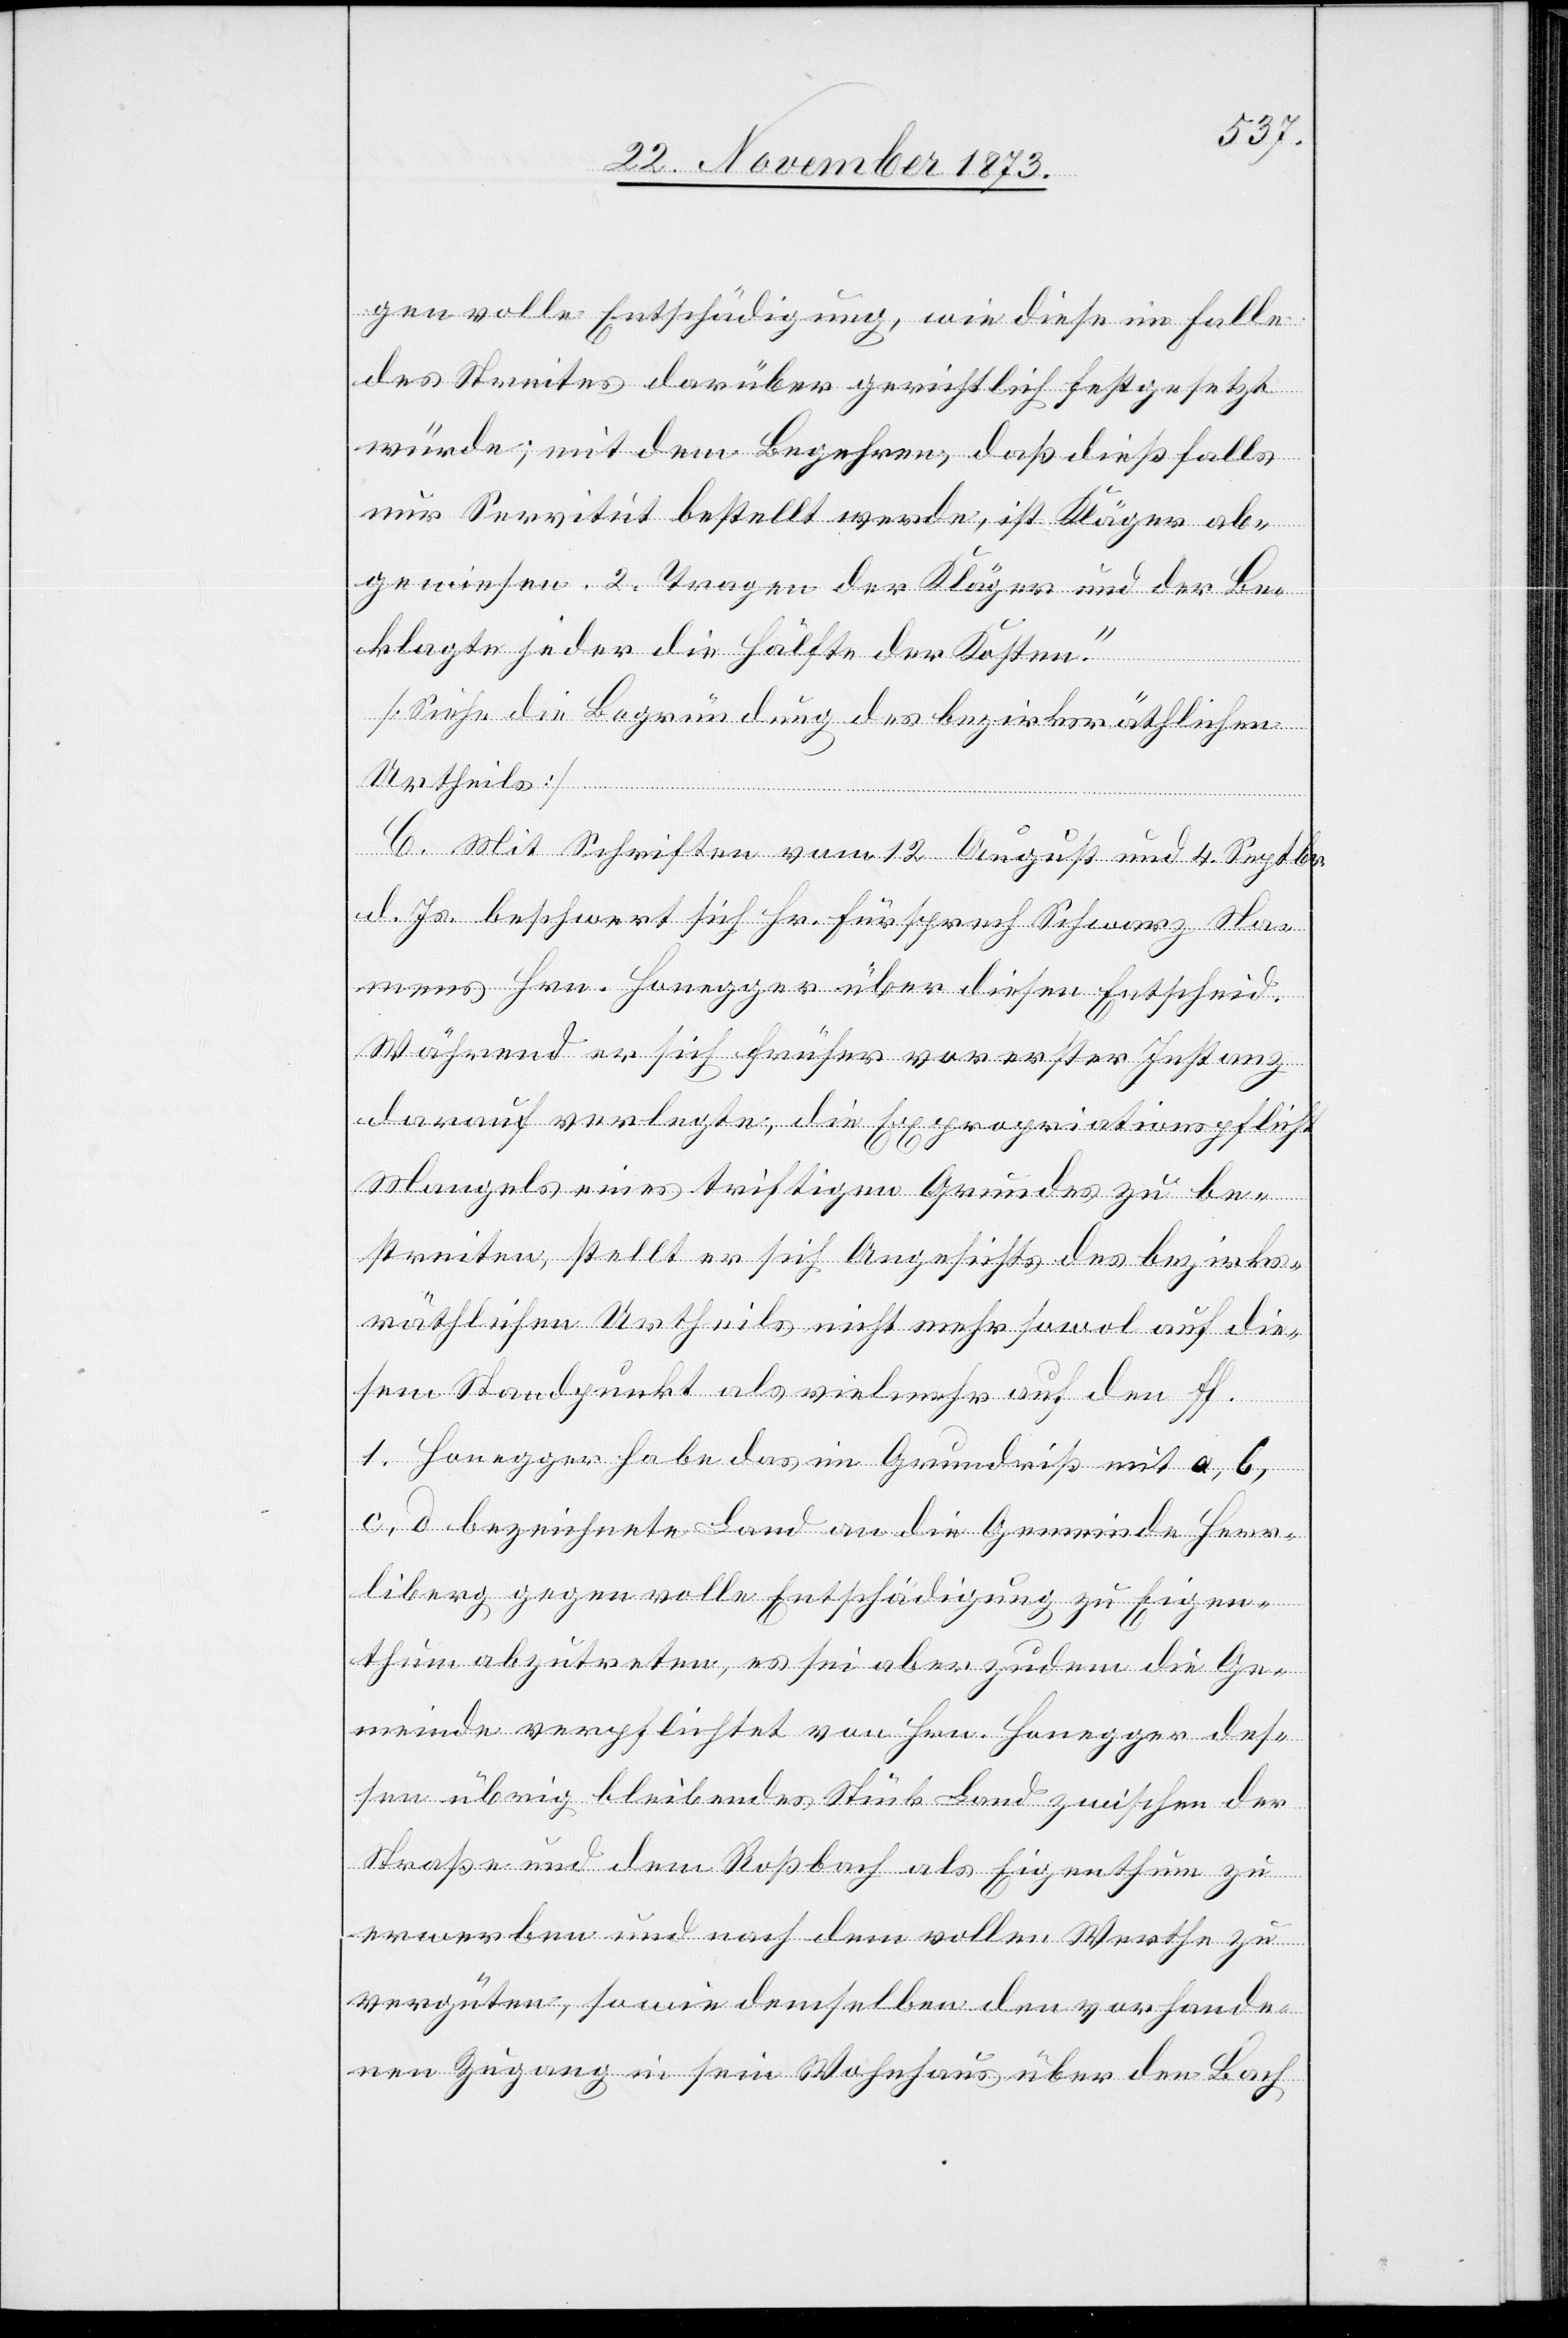
gen volle Entschädigung, wie diese im Falle
des Streites darüber gerichtlich festgesetzt
würde; mit dem Begehren, daß dießfalls
nur Servitut bestellt werde, ist Kläger ab¬
gewiesen. 2. Tragen der Kläger und der Be¬
klagte jeder die Hälfte der Kosten.“
[Siehe die Begründung des bezirksräthlichen
Urtheils]
C. Mit Schriften vom 12 August und 4. Septbr.
d. Js. beschwert sich Hr. Fürsprech Schwarz Na¬
mens Hrn. Honegger über diesen Entscheid.
Während er sich früher vor erster Instanz
darauf verlegte, die Expropriationspflicht
Mangels eines triftigen Grundes zu be¬
streiten, stellt er sich Angesichts des bezirks¬
räthlichen Urtheils nicht mehr sowol auf die¬
sem Standpunkt als vielmehr auf den ff.
1. Honegger habe das im Grundriß mit a, b,
c, d bezeichnete Land an die Gemeinde Herr¬
liberg gegen volle Entschädigung zu Eigen¬
thum abzutreten, es sei aber zudem die Ge¬
meinde verpflichtet von Hrn. Honegger des¬
sen übrig bleibendes Stück Land zwischen der
Straße und dem Roßbach als Eigenthum zu
erwerben und nach dem vollen Werthe zu
vergüten, sowie demselben den vorhande¬
nen Zugang in sein Wohnhaus über den Bach